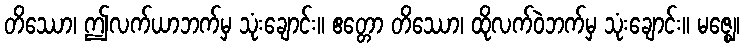
တိဿော၊ ဤလက်ယာဘက်မှ သုံးချောင်း။ ဧတ္တော တိဿော၊ ထိုလက်ဝဲဘက်မှ သုံးချောင်း။ မဇ္ဈေ၊